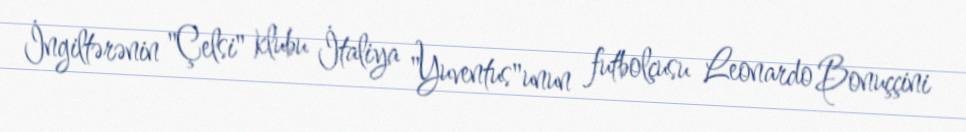
İngiltərənin "Çelsi" klubu İtaliya "Yuventus"unun futbolçusu Leonardo Bonuççini